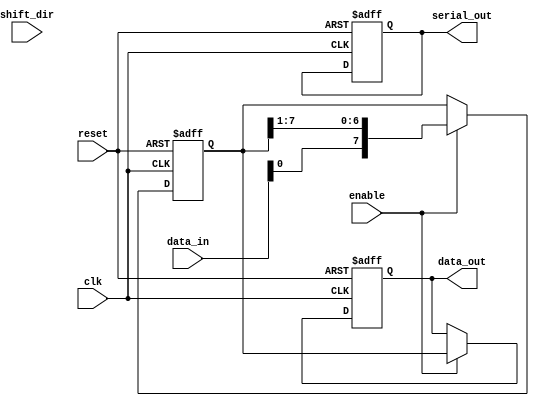
module ParameterizedShiftRegister #(
    parameter DATA_WIDTH = 8,
    parameter MODE = "SIPO" // Options: "SIPO", "PISO", "SHIFT"
) (
    input wire clk,
    input wire reset,
    input wire [DATA_WIDTH-1:0] data_in,
    input wire shift_dir, // 0 for left, 1 for right (only used in SHIFT mode)
    input wire enable,
    output reg [DATA_WIDTH-1:0] data_out, // Used in SIPO mode
    output reg serial_out // Used in PISO mode
);

    reg [DATA_WIDTH-1:0] shift_reg;

    always @(posedge clk or posedge reset) begin
        if (reset) begin
            shift_reg <= 0;
            data_out <= 0;
            serial_out <= 0;
        end else if (enable) begin
            case (MODE)
                "PISO": begin
                    // Shift out serially
                    serial_out <= shift_reg[DATA_WIDTH-1];
                    // Shift left for next cycle
                    shift_reg <= {1'b0, shift_reg[DATA_WIDTH-1:1]};
                    // Load new data into shift register on the first clock cycle
                    if (shift_reg == 0) begin
                        shift_reg <= data_in;
                    end
                end

                "SIPO": begin
                    // Shift in serially
                    shift_reg <= {data_in[0], shift_reg[DATA_WIDTH-1:1]};
                    // Output current contents in parallel
                    data_out <= shift_reg;
                end

                "SHIFT": begin
                    if (shift_dir) begin
                        // Shift right
                        shift_reg <= {1'b0, shift_reg[DATA_WIDTH-1:1]};
                    end else begin
                        // Shift left
                        shift_reg <= {shift_reg[DATA_WIDTH-2:0], 1'b0};
                    end
                    // Update data_out with current state
                    data_out <= shift_reg;
                end

                default: begin
                    // Handle invalid mode
                    shift_reg <= shift_reg; // No change
                end
            endcase
        end
    end
endmodule